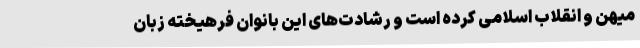
میهن و انقلاب اسلامی کرده است و رشادت‌های این بانوان فرهیخته زبان